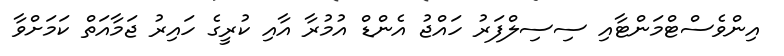
އިންވެސްޓްމަންޓާއި ސިސިލްފަރު ހައްޖު އެންޑް އުމުރާ އާއި ކުރީގެ ހައިރު ޖަމާއަތް ކަމަށްވާ